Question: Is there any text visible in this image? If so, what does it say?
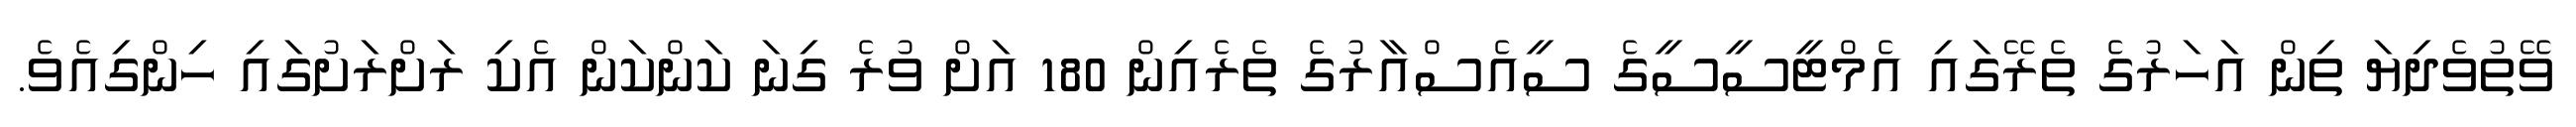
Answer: ވޭތުވެދިޔަ ތިން އަހަރުގެ ތެރޭގައި އެމްޓީސީސީގެ ސީއެސްއާރުގެ ތެރެއިން 180 އަށް ވުރެ ގިނަ ކަންކަން އެކި ރަށްރަށުގައި ހިންގިއެވެ.